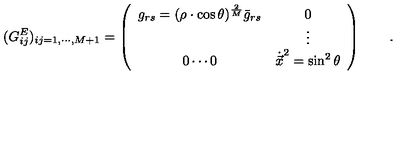
( G _ { i j } ^ { E } ) _ { i j = 1 , \cdots , M + 1 } = \left( \begin{array} { c c } { \displaystyle g _ { r s } = ( \rho \cdot \cos \theta ) ^ { \frac { 2 } { M } } { \bar { g } } _ { r s } } & { \displaystyle 0 } \\ { } & { \vdots } \\ { 0 \cdots 0 } & { { \dot { \vec { x } } } ^ { 2 } = \sin ^ { 2 } \theta } \\ \end{array} \right) \qquad .